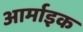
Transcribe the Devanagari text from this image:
आर्माइक